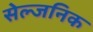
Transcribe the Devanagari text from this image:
सेल्जनिक